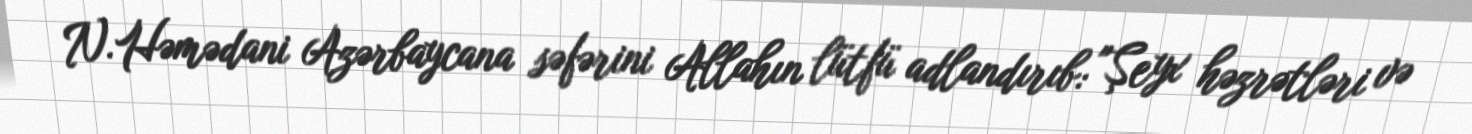
N.Həmədani Azərbaycana səfərini Allahın lütfü adlandırıb: "Şeyx həzrətləri və